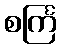
စင်္ကြ